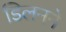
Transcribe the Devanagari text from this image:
डिलनने